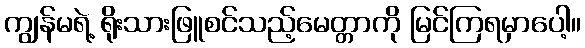
ကျွန်မရဲ့ ရိုးသားဖြူစင်သည့်မေတ္တာကို မြင်ကြရမှာပေါ့။